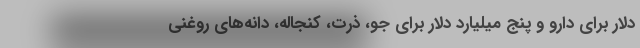
دلار برای دارو و پنج میلیارد دلار برای جو، ذرت، کنجاله، دانه‌های روغنی